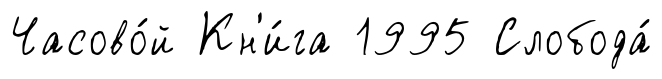
Часово́й Кн'и́га 1995 Слобода́